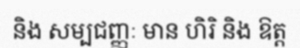
និង សម្បជញ្ញៈ មាន ហិរិ និង ឱត្ត